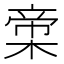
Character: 𬃨